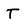
Character: T